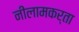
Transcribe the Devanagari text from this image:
नीलामकर्ता